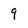
Character: 9